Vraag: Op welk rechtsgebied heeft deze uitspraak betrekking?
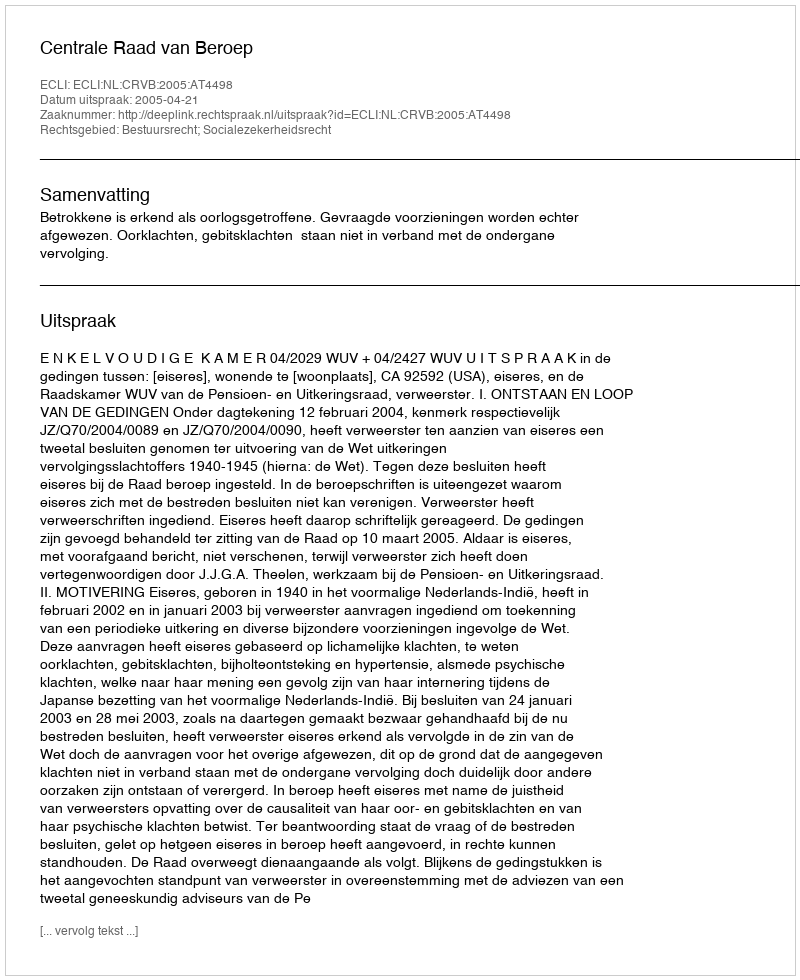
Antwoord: Bestuursrecht; Socialezekerheidsrecht